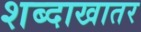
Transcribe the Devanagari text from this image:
शब्दाखातर